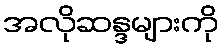
အလိုဆန္ဒများကို